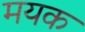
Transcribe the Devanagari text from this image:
मयक